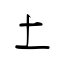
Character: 土